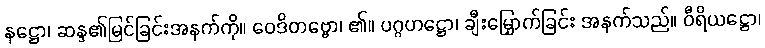
နဋ္ဌော၊ ဆန္ဒ၏မြင်ခြင်းအနက်ကို။ ဝေဒိတဗ္ဗော၊ ၏။ ပဂ္ဂဟဋ္ဌော၊ ချီးမြှောက်ခြင်း အနက်သည်။ ဝီရိယဋ္ဌော၊